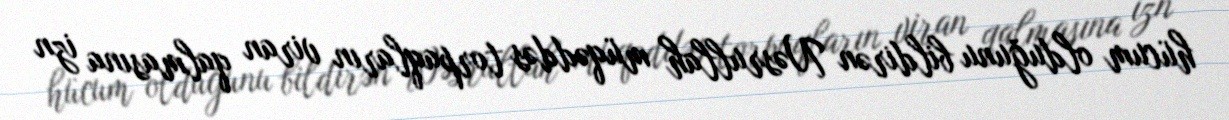
hücum olduğunu bildirən Nəsrullah müqəddəs torpaqların viran qalmasına izn